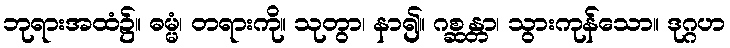
ဘုရားအထံ၌။ ဓမ္မံ၊ တရားကို။ သုတွာ၊ နာ၍။ ဂစ္ဆန္တာ၊ သွားကုန်သော။ ဒုဂ္ဂဟ